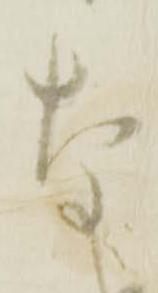
な